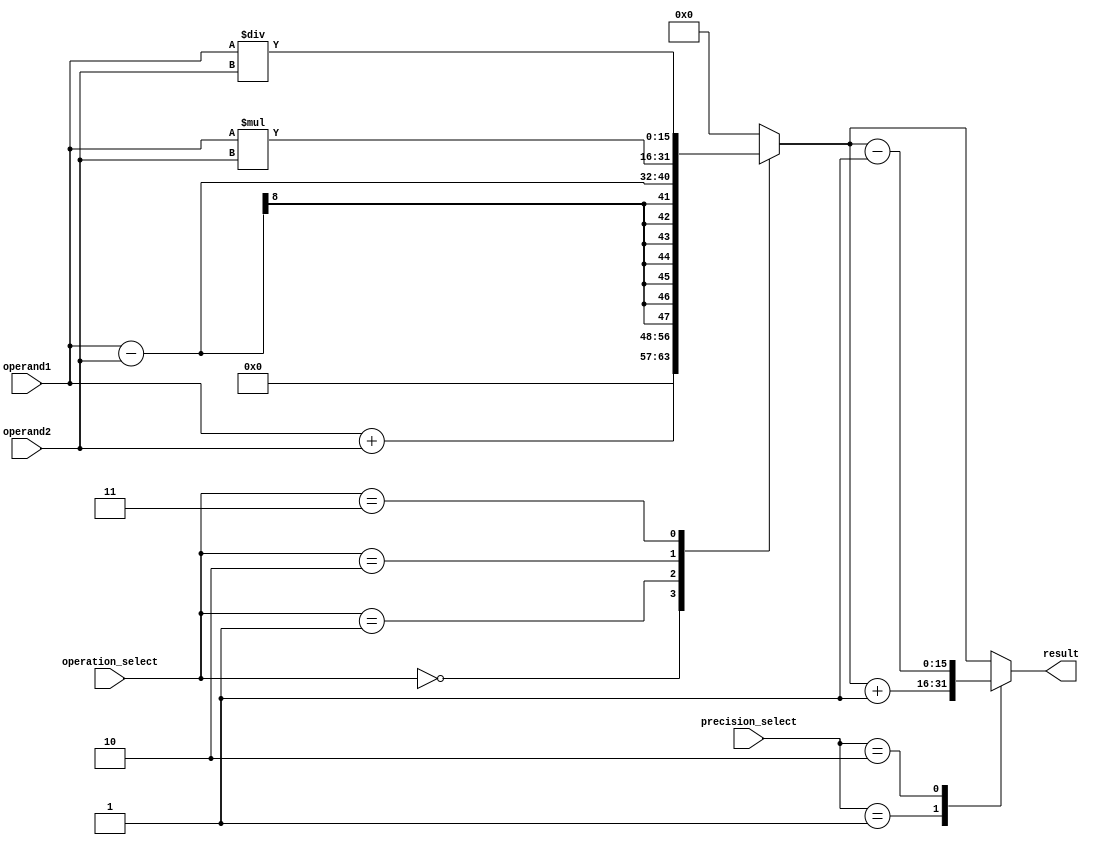
module mixed_precision_fpu (
    input wire [7:0] operand1,
    input wire [7:0] operand2,
    input wire [3:0] operation_select,
    input wire [1:0] precision_select,
    output reg [15:0] result
);

reg [15:0] temp_result;

always @ (operand1, operand2, operation_select, precision_select) begin
    case (operation_select)
        4'd0: temp_result = operand1 + operand2; // Addition
        4'd1: temp_result = operand1 - operand2; // Subtraction
        4'd2: temp_result = operand1 * operand2; // Multiplication
        4'd3: temp_result = operand1 / operand2; // Division
        default: temp_result = 16'b0; // Default case
    endcase
end

always @ (temp_result, precision_select) begin
    case (precision_select)
        2'b00: result = temp_result; // No rounding
        2'b01: result = temp_result + 1; // Round up
        2'b10: result = temp_result - 1; // Round down
        default: result = temp_result; // Default case
    endcase
end

endmodule